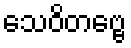
သေဝိတဗ္ဗေ